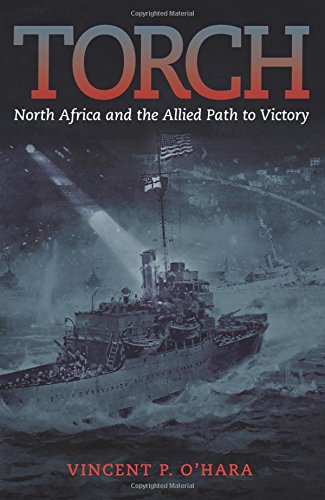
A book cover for Torch: North Africa and the Allied Path to Victory; Vincent O'Hara; History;